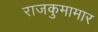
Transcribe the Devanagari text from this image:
राजकुमामार